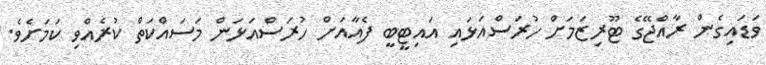
ވަޑައިގެން ރާއްޖޭގެ ޓޫރިޒަމަށް ހުރަސްއަޅައި އައިޓީބީ ފެއާއަށް ހުރަސްއަޅަން މަސައްކަތް ކުރެއްވި ކަމަށެވެ.